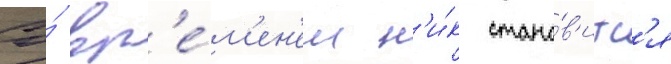
Со́ вр'е́м'ен'ем н'и́к стано́в'итс'я